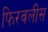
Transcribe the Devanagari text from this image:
फिरवलीस